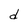
Character: d